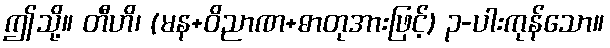
ဤသို့။ တီဟိ၊ (မန+ဝိညာဏ+ဓာတုအားဖြင့်) ၃-ပါးကုန်သော။